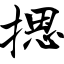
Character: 摁